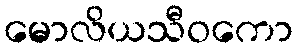
မောလိယသီဝကော